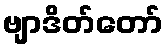
ဗျာဒိတ်တော်